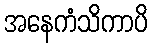
အနေကံသိကာပိ